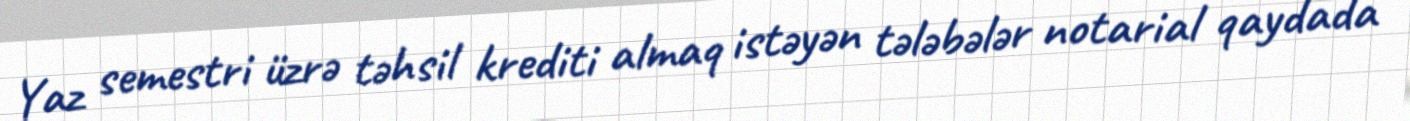
Yaz semestri üzrə təhsil krediti almaq istəyən tələbələr notarial qaydada